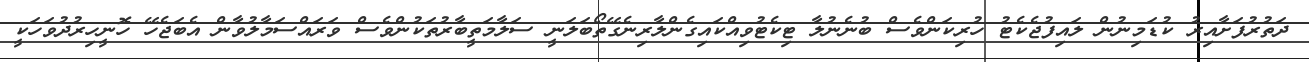
ދަތުރުފަށާއިރު ކުޑަމިނުން ލައިފުޖެކެޓު ހުރިކަންވެސް ބުނެނުލާ ޓިކެޓުވިއްކައިގެންލާރިނެގޭތޯބަލަނީ ސަލާމަތީބާރުތަކުންވެސް ވަރައްސަމާލުވާން އެބަޖެހޭ ހޮނީހިރުދުވަހަކީ